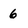
Character: 6